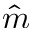
\Hat { m }